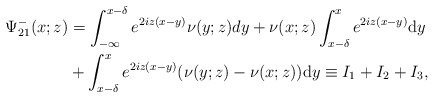
\begin{align*}\begin{aligned}\Psi^-_{21}(x;z)&= \int_{-\infty}^{x-\delta} e^{2 iz(x-y)} \nu(y ;z) d y+\nu(x ;z) \int_{x-\delta}^{x} e^{2 i z(x-y)} \mathrm{d} y \\&+\int_{x-\delta}^{x} e^{2 i z(x-y)}(\nu(y ;z)-\nu(x ; z)) \mathrm{d} y \equiv I_1+I_2+I_3,\end{aligned}\end{align*}